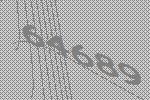
64689